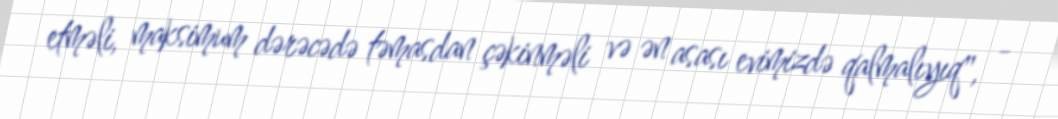
etməli, maksimum dərəcədə təmasdan çəkinməli və ən asası evimizdə qalmalıyıq", -